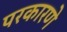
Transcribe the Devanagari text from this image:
परकारणे